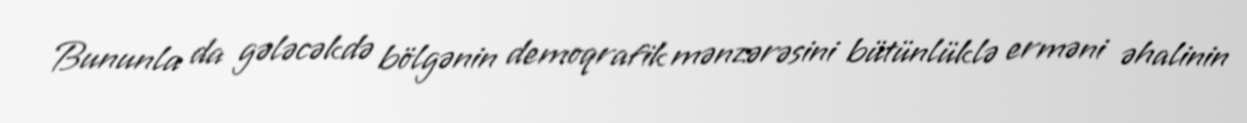
Bununla da gələcəkdə bölgənin demoqrafik mənzərəsini bütünlüklə erməni əhalinin